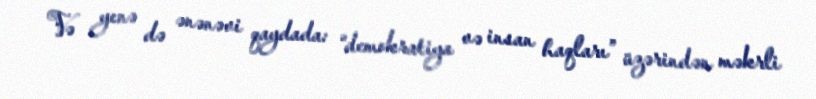
Və yenə də ənənəvi qaydada: “demokratiya və insan haqları” üzərindən məkrli